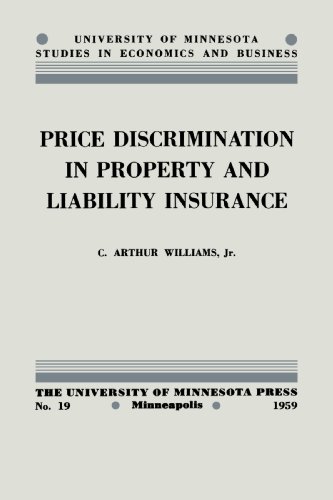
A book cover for Price Discrimination in Property and Liability Insurance (University of Minnesota Studies in Economics and Business); C. Williams ; Business & Money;